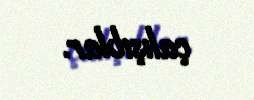
çalışıblar.